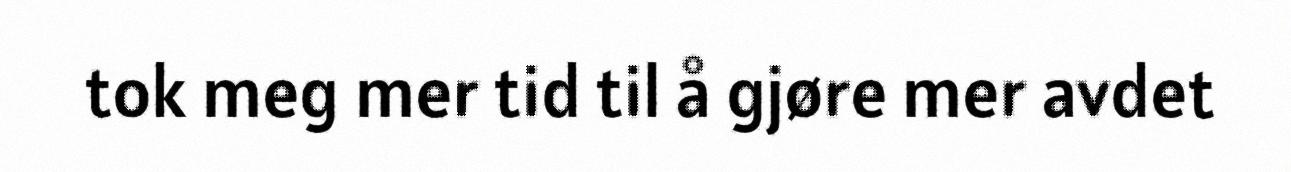
tok meg mer tid til å gjøre mer avdet